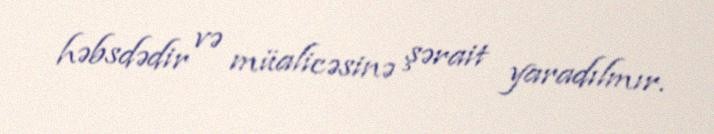
həbsdədir və müalicəsinə şərait yaradılmır.